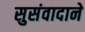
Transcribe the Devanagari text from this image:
सुसंवादाने